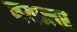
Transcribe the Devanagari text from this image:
नयन्नर